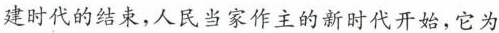
建时代的结束，人民当家作主的新时代开始，它为